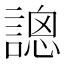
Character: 𧪳